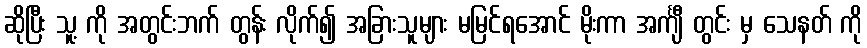
ဆိုပြီး သူ့ ကို အတွင်းဘက် တွန်း လိုက်၍ အခြားသူများ မမြင်ရအောင် မိုးကာ အင်္ကျီ တွင်း မှ သေနတ် ကို